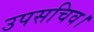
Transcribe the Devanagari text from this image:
उपसचिव।